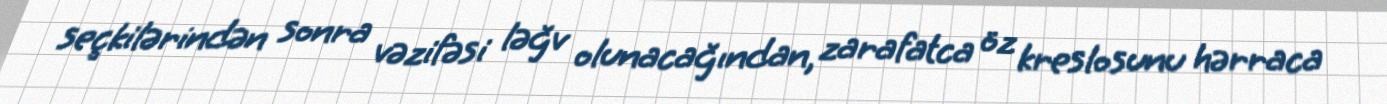
seçkilərindən sonra vəzifəsi ləğv olunacağından, zarafatca öz kreslosunu hərraca